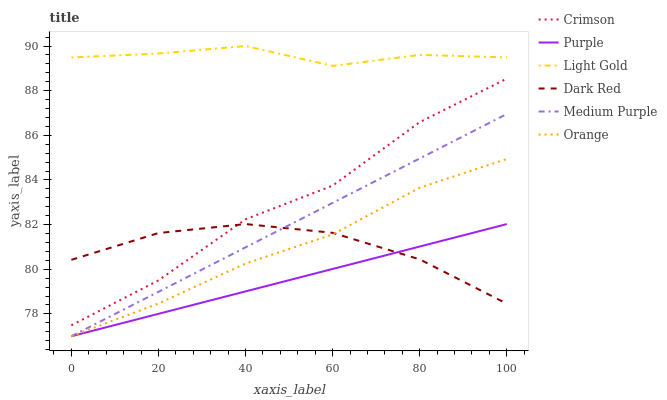
| xaxis_label | Crimson | Purple | Light Gold | Dark Red | Medium Purple | Orange |
 | --- | --- | --- | --- | --- | --- | --- |
 | 0 | 77.5 | 77 | 89.5 | 80.4 | 77 | 77 |
 | 20 | 79.5 | 78 | 89.7 | 81.6 | 79 | 78.5 |
 | 40 | 82.2 | 79 | 90 | 82 | 81 | 80.3 |
 | 60 | 83.7 | 80 | 89.1 | 81.6 | 83 | 81.6 |
 | 80 | 86.6 | 81 | 89.6 | 80.4 | 85 | 83.7 |
 | 100 | 88.5 | 82 | 89.5 | 78.5 | 87 | 84.9 |